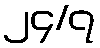
၂၄/၇